Martna_vallavalitsus, lk 15
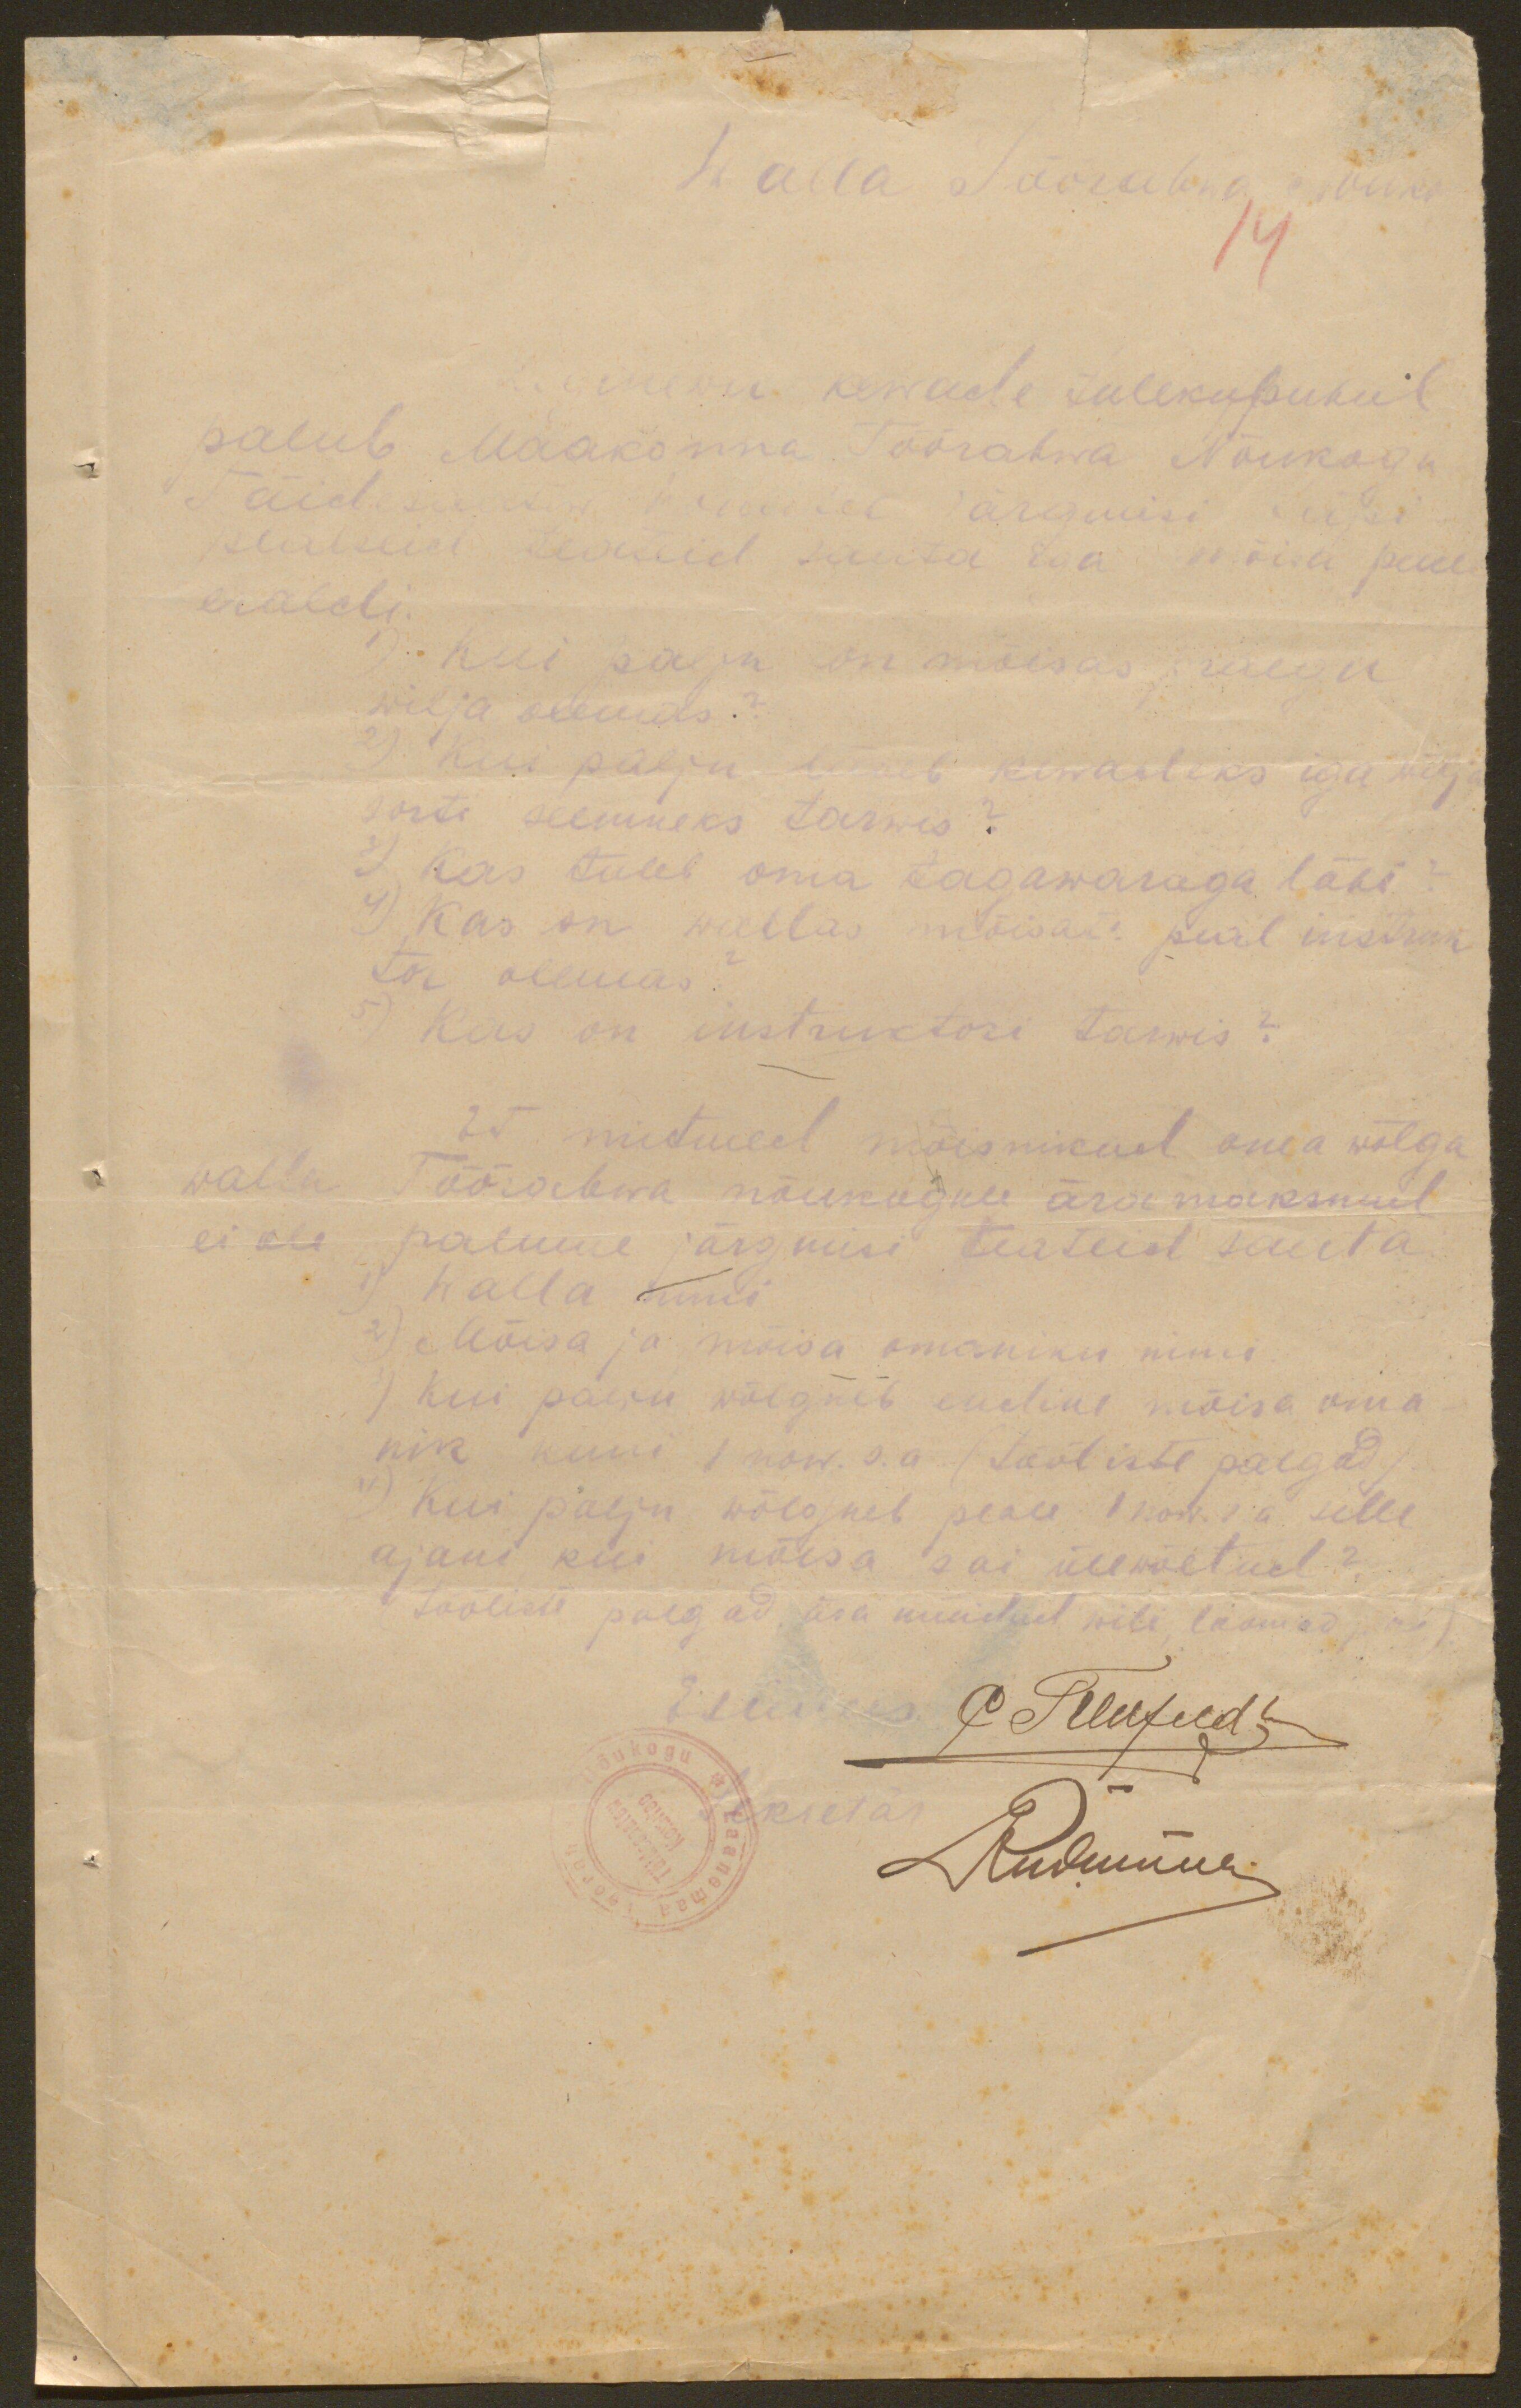
Walla Töörahwa xxxx
14
xxxx kewade tulekupuhul
palub Maakonna Töörahwa Nõukogu
Täidesaatew Komitee järgmisi pää
pealeid teateid saata iga mõisa peale
eraldi.
1) Kui palju on mõisas praegu
wilja olemas?
2). Kui palju läheb kewadeks iga wilja
sorti seemneks tarwis?
3) Kas tuleb oma tagawaraga läbi?
4) Kas on wallas mõisade peal instruk
tor olemas?
5) Kas on instruktori tarwis?

Et mitmed mõisnikud oma wõlga
walla Töörahwa nõukogule ära maksnud
ei ole palume järgmisi teateid saata
1) Walla nimi
2) Mõisa ja mõisa omaniku nimi.
3) Kui palju wõlgneb endine mõisa oma
nik kuni 1 now. s.a. (tööliste palgad)?
4) Kui palju wõlgneb peale 1 now. s. a. selle
ajani kui mõisa sai üle wõetud?
Tööliste palgad, lisa muidud wili, loomad j. n. e )

Esimees. C Treufeldt
Sekretär Kudunna